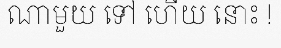
ណាមួយ ទៅ ហើយ នោះ !